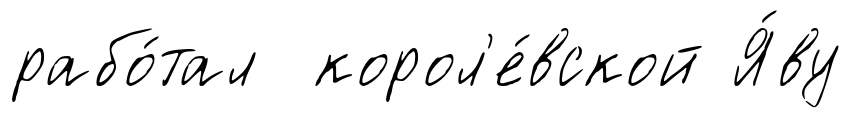
рабо́тал корол'е́вской Я́ву